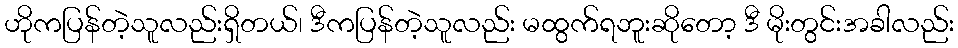
ဟိုကပြန်တဲ့သူလည်းရှိတယ်၊ ဒီကပြန်တဲ့သူလည်း မထွက်ရဘူးဆိုတော့ ဒီ မိုးတွင်းအခါလည်း